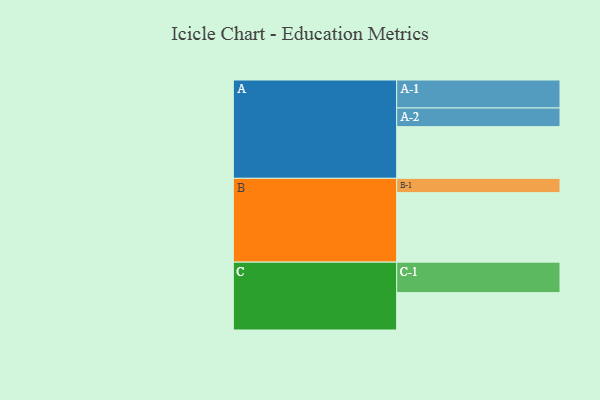
{"axis": {"x": "Segment", "y": "Value"}, "legend": ["", "A", "B", "C"], "data": [{"x": "A", "y": 441, "type": ""}, {"x": "B", "y": 593, "type": ""}, {"x": "C", "y": 319, "type": ""}, {"x": "A-1", "y": 239, "type": "A"}, {"x": "A-2", "y": 159, "type": "A"}, {"x": "B-1", "y": 122, "type": "B"}, {"x": "C-1", "y": 260, "type": "C"}]}